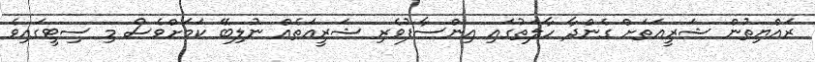
ރައްޔިތުން ޝަރީއަތަށް ގެންދާ ހާލަތުގައި އިންސާފުވެރި ޝަރީއަތެއް ނުލިބޭ ކަމަށްވެސް މި ސިޓީގައިވެ